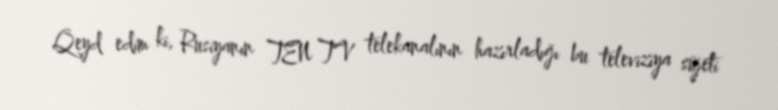
Qeyd edim ki, Rusiyanın TEN TV telekanalının hazırladığı bu televiziya süjeti